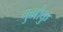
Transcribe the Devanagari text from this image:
चुगोकु